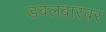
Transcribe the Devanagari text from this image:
डबलबारवर